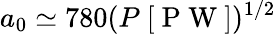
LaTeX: a_{0}\simeq 780(P~[\mathrm{~P~W~}])^{1/2}